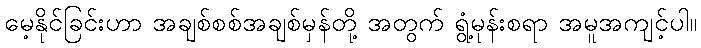
မေ့နိုင်ခြင်းဟာ အချစ်စစ်အချစ်မှန်တို့ အတွက် ရွံ့မုန်းစရာ အမူအကျင့်ပါ။